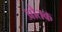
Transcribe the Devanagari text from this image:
औतक